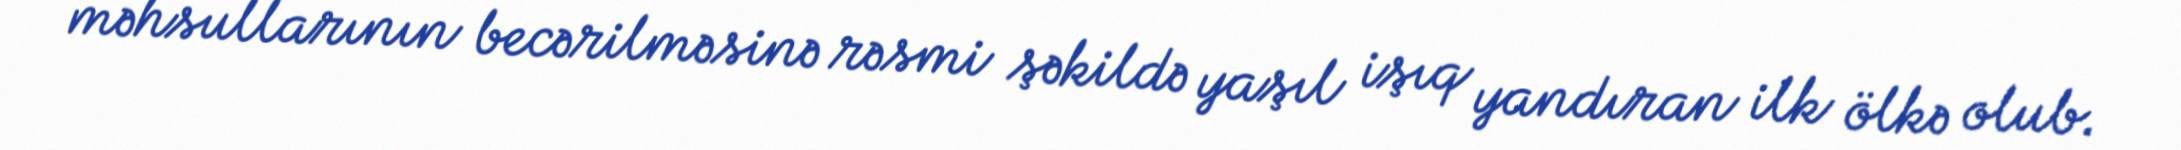
məhsullarının becərilməsinə rəsmi şəkildə yaşıl işıq yandıran ilk ölkə olub.